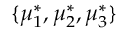
\{ \mu _ { 1 } ^ { * } , \mu _ { 2 } ^ { * } , \mu _ { 3 } ^ { * } \}